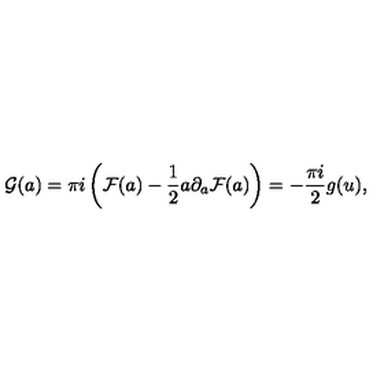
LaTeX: { \cal G } ( a ) = \pi i \left( { \cal F } ( a ) - { \frac { 1 } { 2 } } a \partial _ { a } { \cal F } ( a ) \right) = - { \frac { \pi i } { 2 } } g ( u ) ,